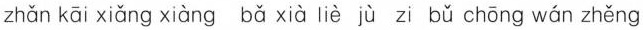
zhǎn kāi xiǎng xiàng bǎ xià liè jù zi bǔ chōng wán zhěng